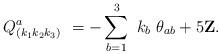
LaTeX: \begin{align*}\ Q_{\left( k_{1}k_{2}k_{3}\right) }^{a}\ =-\sum_{b=1}^{3}\ k_{b}\ \theta_{ab}+5{\bf Z}.\end{align*}